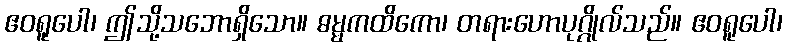
ဧဝရူပေါ၊ ဤသို့သဘောရှိသော။ ဓမ္မကထိကော၊ တရားဟောပုဂ္ဂိုလ်သည်။ ဧဝရူပေါ၊